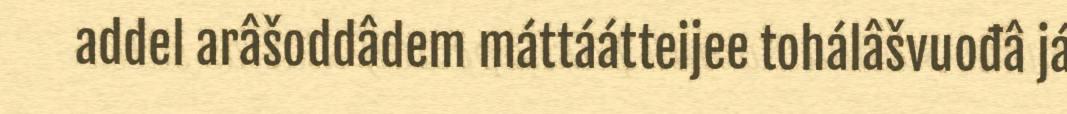
addel arâšoddâdem máttáátteijee tohálâšvuođâ já